Senior Leaving Certificate Examination (including Day School Certificate (Higher) General paper), 1949
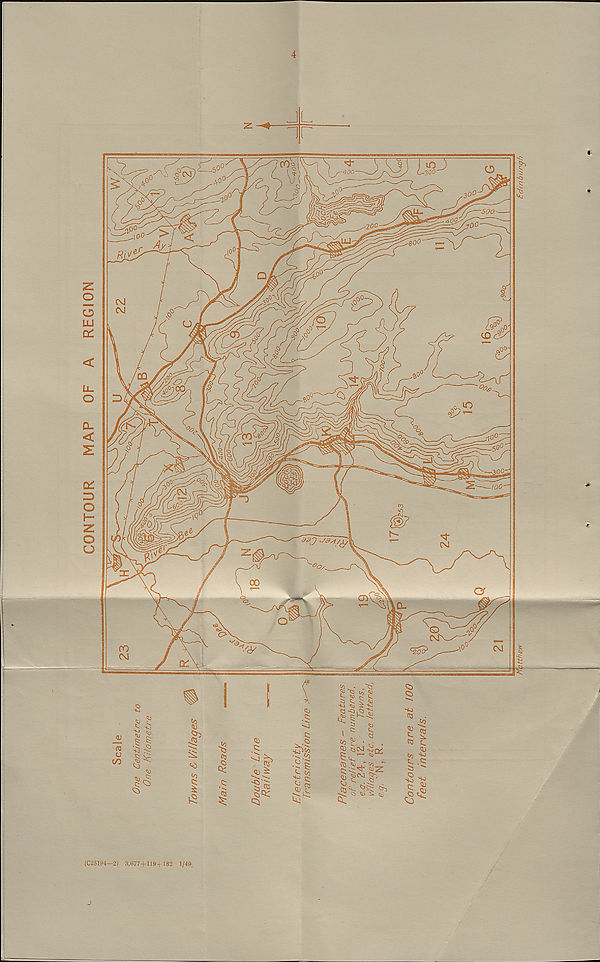
CONTOUR
MAP
OF
A
REGION
(V
O
00
so
to
0)
S;
<o
to
I
£
03
<§
xS
tb
C;
. 03 1
QJ ^
§Qc:
<3J
*^l
C;
§
-fcg
'$ - .T-
^ ^5 tO ^
^ c: S>
c.
So CO to
i
CO
C,
^ t^CVJ sorV
§^|£
J
§0
Cj CSi^; !>,
^ o tu ^ tii
Ci
C>
SJ
CQ ^to
tb
t.
ttj
CQ
b.
CD
tc.
ij "
c ..
'bJ
?; tu
(C25194—2) 3,677+119+182 1/49,
tthew
Edinburgh